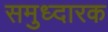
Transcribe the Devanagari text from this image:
समुध्दारक